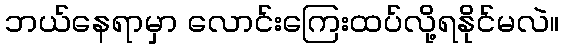
ဘယ်နေရာမှာ လောင်းကြေးထပ်လို့ရနိုင်မလဲ။